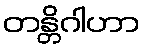
တန္တိဂါဟာ